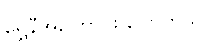
ရွှေနီအကြောင်း ပြောတယ်။